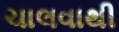
ચાલવાથી